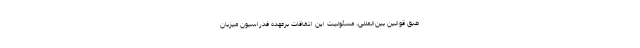
طبق قوانین بین‌المللی، مسئولیت این اتفاقات برعهده فدراسیون میزبان